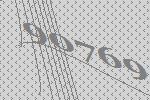
90769